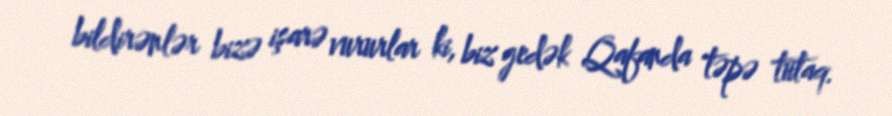
bildirənlər bizə işarə vururlar ki, biz gedək Qafanda təpə tutaq.